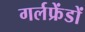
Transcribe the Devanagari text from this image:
गर्लफ्रेंडों